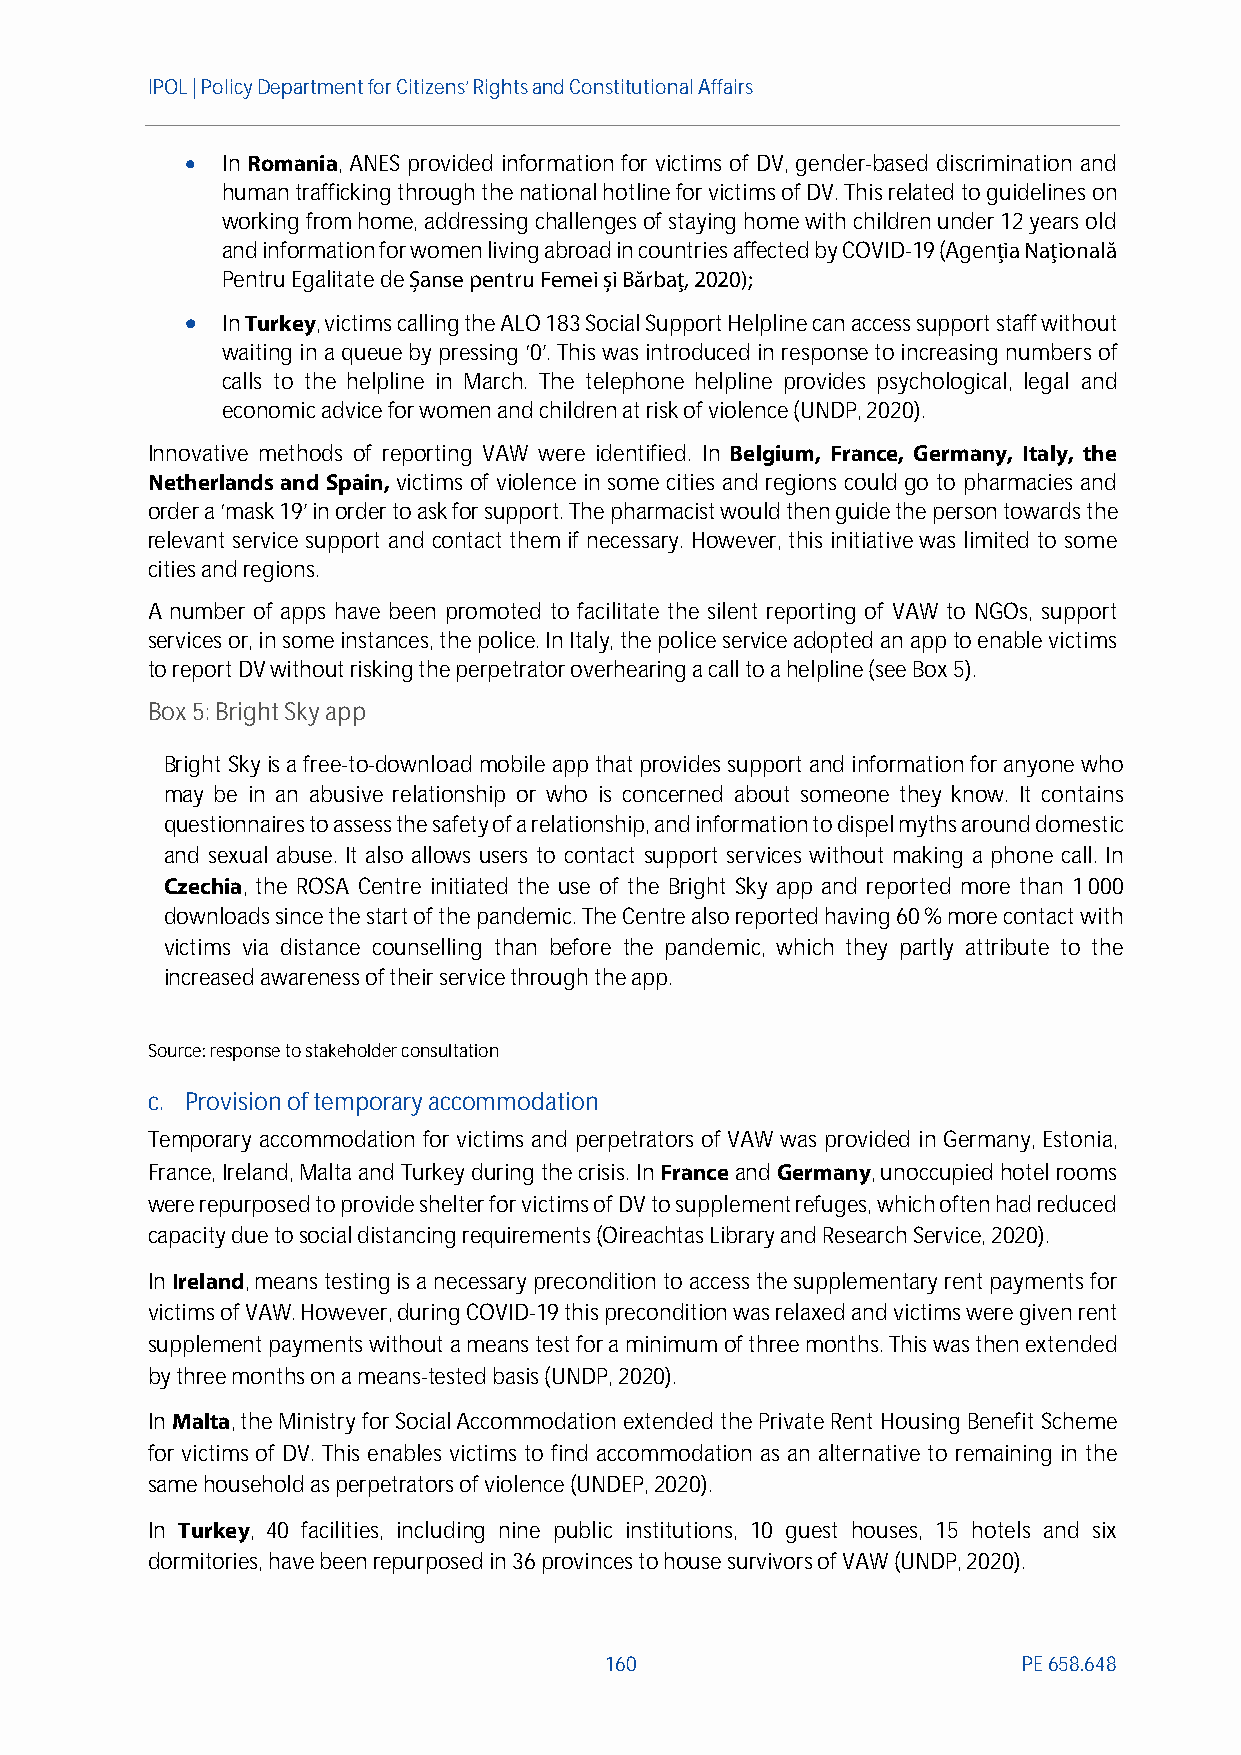
IPOL | Policy Departmentfor Citizens’ Rights and Constitutional Affairs
   In Romania, ANES provided information for victims of DV, gender-based discrimination and
 human trafficking through the national hotline for victims of DV. This related to guidelines on
 working from home, addressing challenges of staying home with children under 12 years old
 and information for women living abroad in countries affected by COVID-19 (Agenția Națională
 Pentru Egalitate deȘanse pentru Femei și Bărbaț, 2020);
   InTurkey, victims calling the ALO 183 Social Support Helpline can access support staff without
 waiting in a queue by pressing ‘0’. This was introduced in response to increasing numbers of
 calls to the helpline in March. The telephone helpline provides psychological, legal and
 economic advice for women and children at risk of violence (UNDP, 2020).
 Innovative methods of reporting VAW were identified. In Belgium, France, Germany, Italy, the
 NetherlandsandSpain, victims of violence in some cities and regions could go to pharmacies and
 order a ‘mask 19’ in order to ask for support. The pharmacist would then guide the person towards the
 relevant service support and contact them if necessary. However, this initiative was limited to some
 cities and regions.
 A number of apps have been promoted to facilitate the silent reporting of VAW to NGOs, support
 services or, in some instances, the police. In Italy, the police service adopted an appto enable victims
 to report DVwithout risking the perpetrator overhearing a call to a helpline (see Box 5).
 Box5: Bright Sky app
 Bright Skyis a free-to-downloadmobileappthatprovides support and information for anyone who
 may be in an abusive relationship or who is concerned about someone they know. It contains
 questionnaires to assess the safety of a relationship, and information to dispel myths around domestic
 and sexual abuse. It also allows users to contact support services without making a phone call. In
 Czechia, the ROSA Centre initiated the use of the Bright Sky app and reported more than 1000
 downloadssince the start of the pandemic. The Centre also reported having60% more contact with
 victims via distance counselling than before the pandemic, which they partly attribute to the
 increased awareness of their service through the app.
 Source: response to stakeholder consultation
 c. Provision of temporary accommodation
 Temporary accommodation for victims and perpetrators of VAW was provided in Germany, Estonia,
 France, Ireland, Malta and Turkey during the crisis. InFranceandGermany, unoccupied hotel rooms
 were repurposed to provide shelter for victims of DV to supplement refuges, which often had reduced
 capacity due to social distancing requirements (Oireachtas Library and Research Service, 2020).
 InIreland, means testing is a necessary precondition to access the supplementary rent payments for
 victims of VAW. However,during COVID-19 this precondition was relaxed and victims were given rent
 supplement payments without a means test for a minimum of three months. This was then extended
 by three months on a means-tested basis (UNDP, 2020).
 InMalta, the Ministry for Social Accommodation extended the Private Rent Housing Benefit Scheme
 for victims of DV. This enables victims to find accommodation as an alternative to remaining in the
 same household as perpetrators of violence (UNDEP, 2020).
 In Turkey, 40 facilities, including nine public institutions, 10 guest houses, 15 hotels and six
 dormitories, have been repurposed in 36 provinces to house survivors of VAW (UNDP, 2020).
 160                         PE658.648